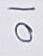
10